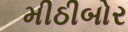
મીઠીબોર